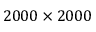
2 0 0 0 \times 2 0 0 0